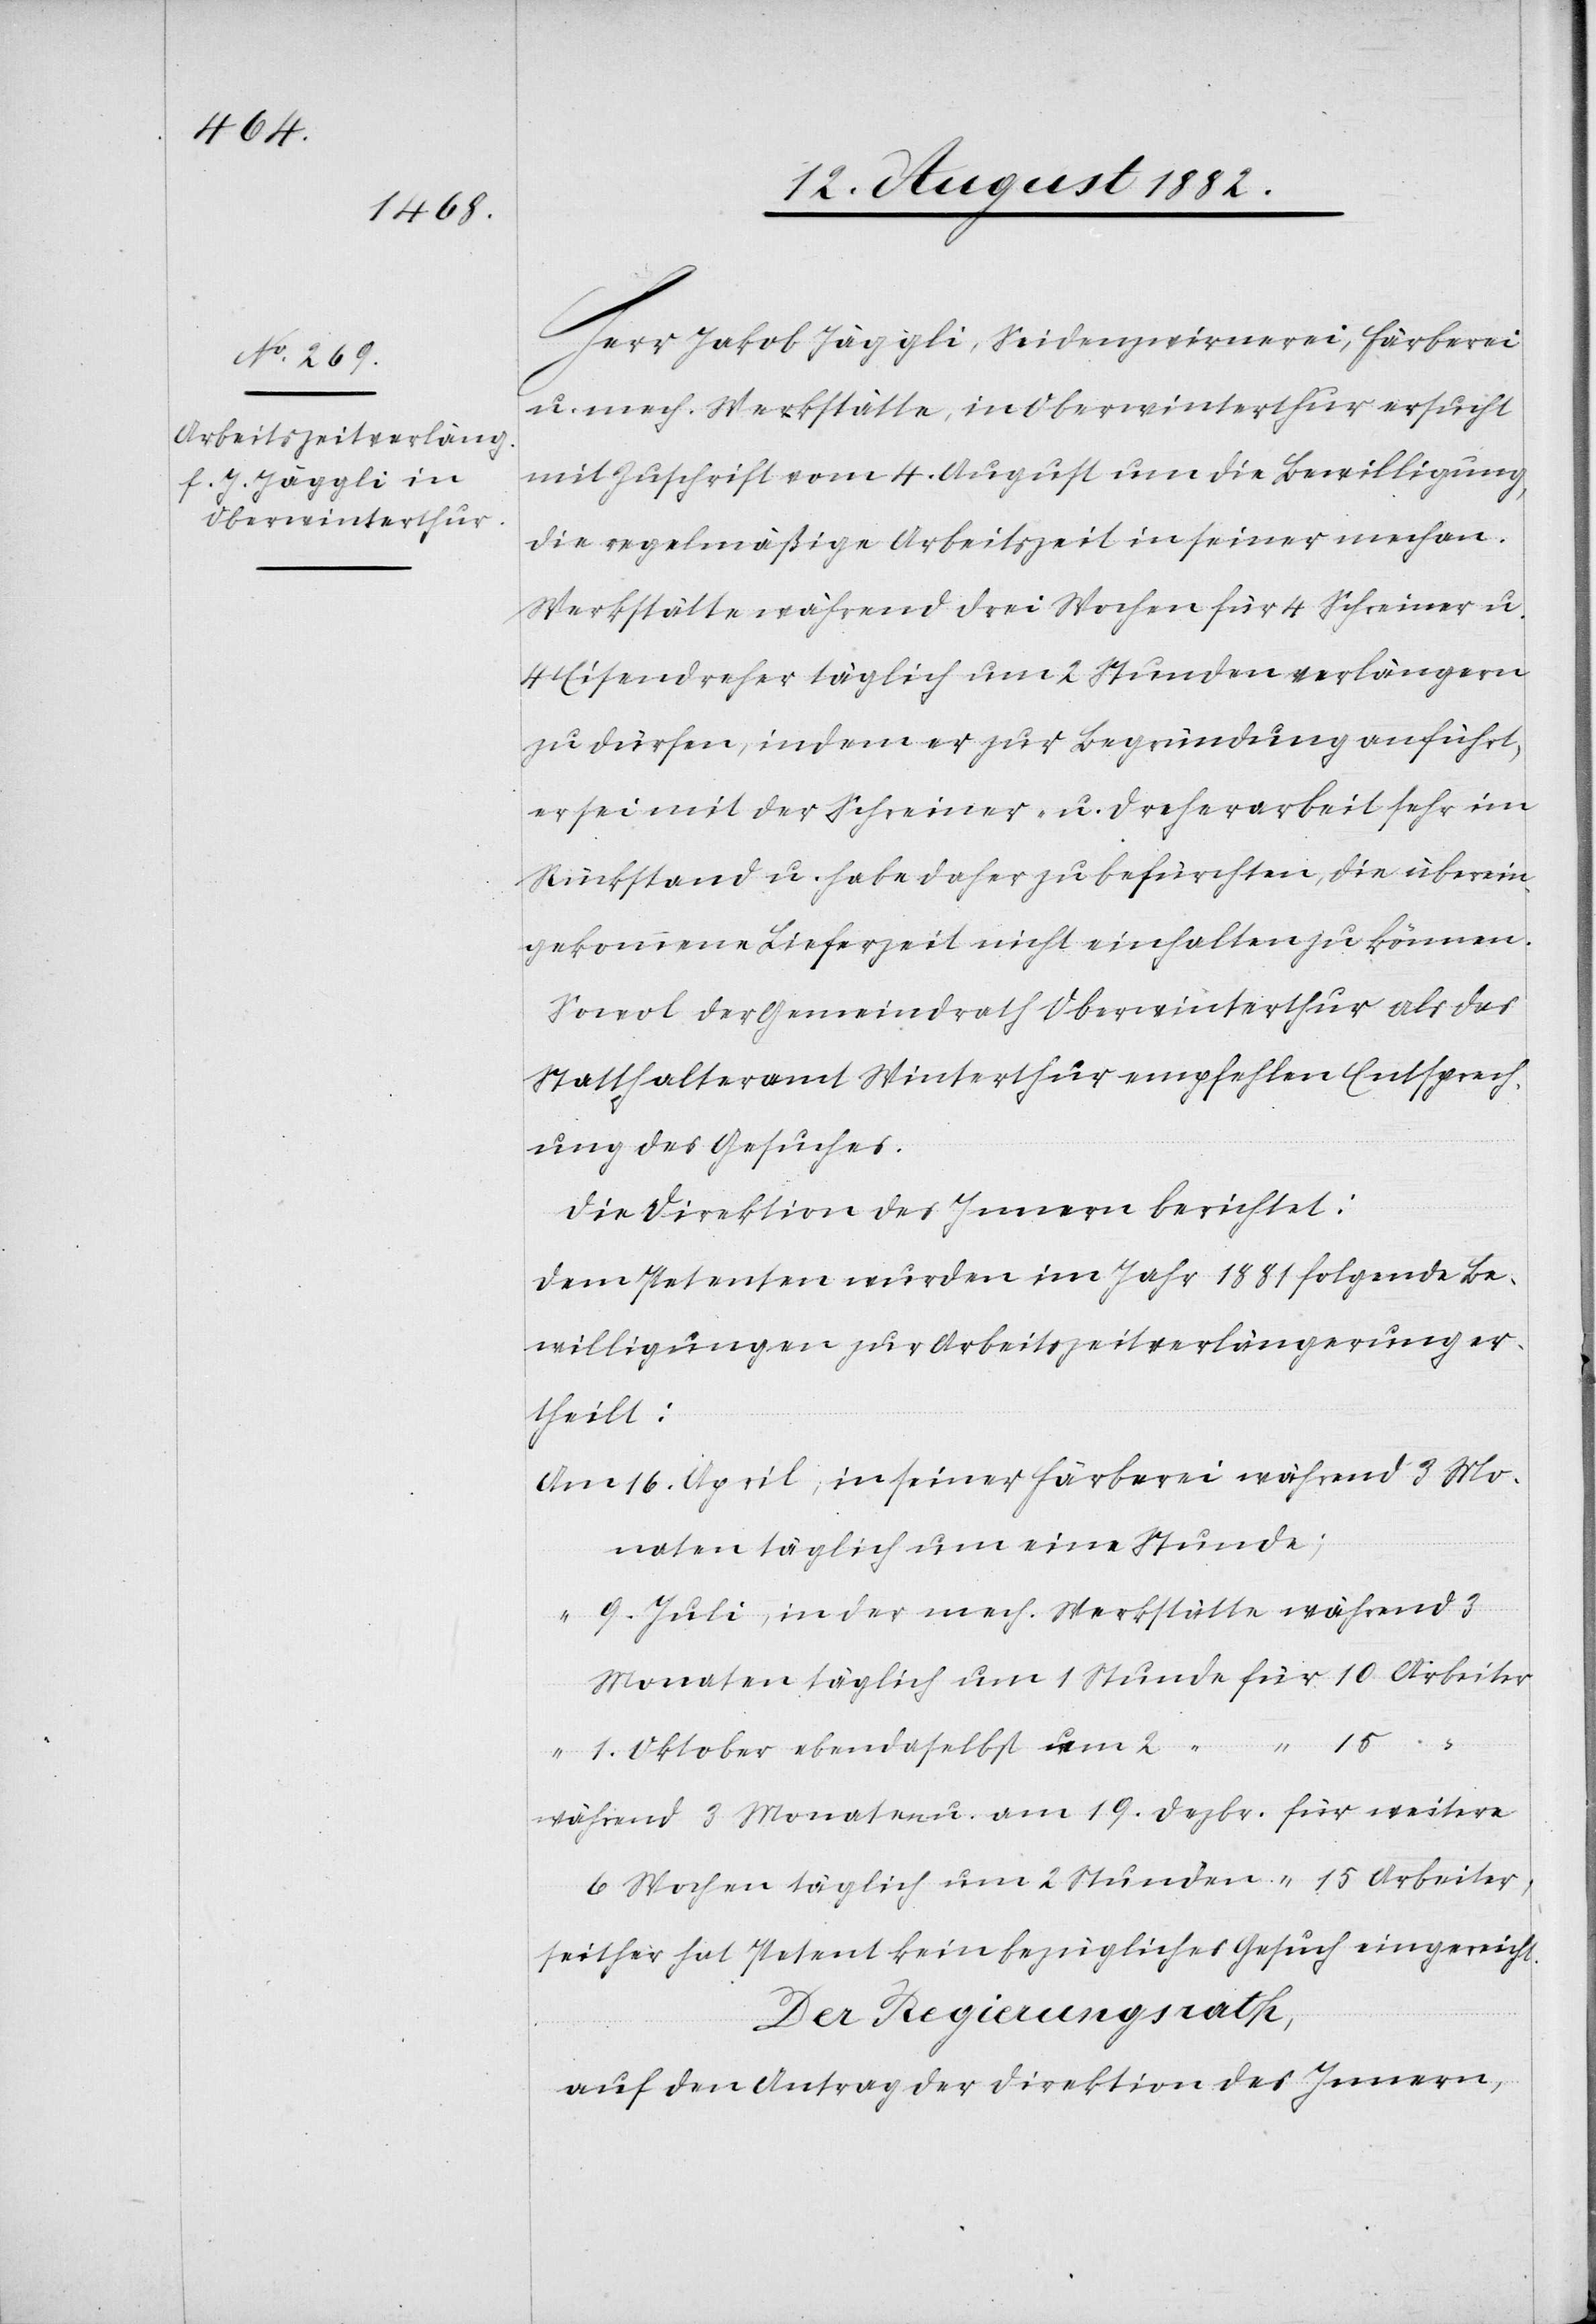
Herr Jakob Jäggli, Seidenzwirnerei, Färberei
u. mech. Werkstätte, in Oberwinterthur ersucht
mit Zuschrift vom 4. August um die Bewilligung,
die regelmäßige Arbeitszeit in seiner mechan.
Werkstätte während drei Wochen für 4 Schreiner u.
4 Eisendreher täglich um 2 Stunden verlängern
zu dürfen, indem er zur Begründung anführt,
er sei mit der Schreiner- u. Dreherarbeit sehr im
Rückstand u. habe daher zu befürchten, die überein¬
gekommene Lieferzeit nicht einhalten zu können.
Sowol der Gemeindrath Oberwinterthur als das
Statthalteramt Winterthur empfehlen Entsprech¬
ung des Gesuches.
Die Direktion des Innern berichtet:
Dem Petenten wurden im Jahr 1881 folgende Be¬
willigungen zur Arbeitszeitverlängerung er¬
theilt:
16. April, in seiner Färberei während 3 Mo¬
naten täglich um eine Stunde;
9. Juli, in der mech. Werkstätte während 3
Monaten täglich um 1 Stunde für 10 Arbeiter
1. Oktober ebendaselbst um 2 “ “ 15 “
während 3 Monaten u. am 19. Dezbr. für weitere
6 Wochen täglich um 2 Stunden [für] 15 Arbeiter,
seither hat Petent kein bezügliches Gesuch eingereicht.
Der Regierungsrath;
auf den Antrag der Direktion des Innern,